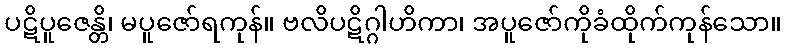
ပဋိပူဇေန္တိ၊ မပူဇော်ရကုန်။ ဗလိပဋိဂ္ဂါဟိကာ၊ အပူဇော်ကိုခံထိုက်ကုန်သော။